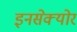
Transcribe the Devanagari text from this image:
इनसेक्योर